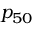
p _ { 5 0 }